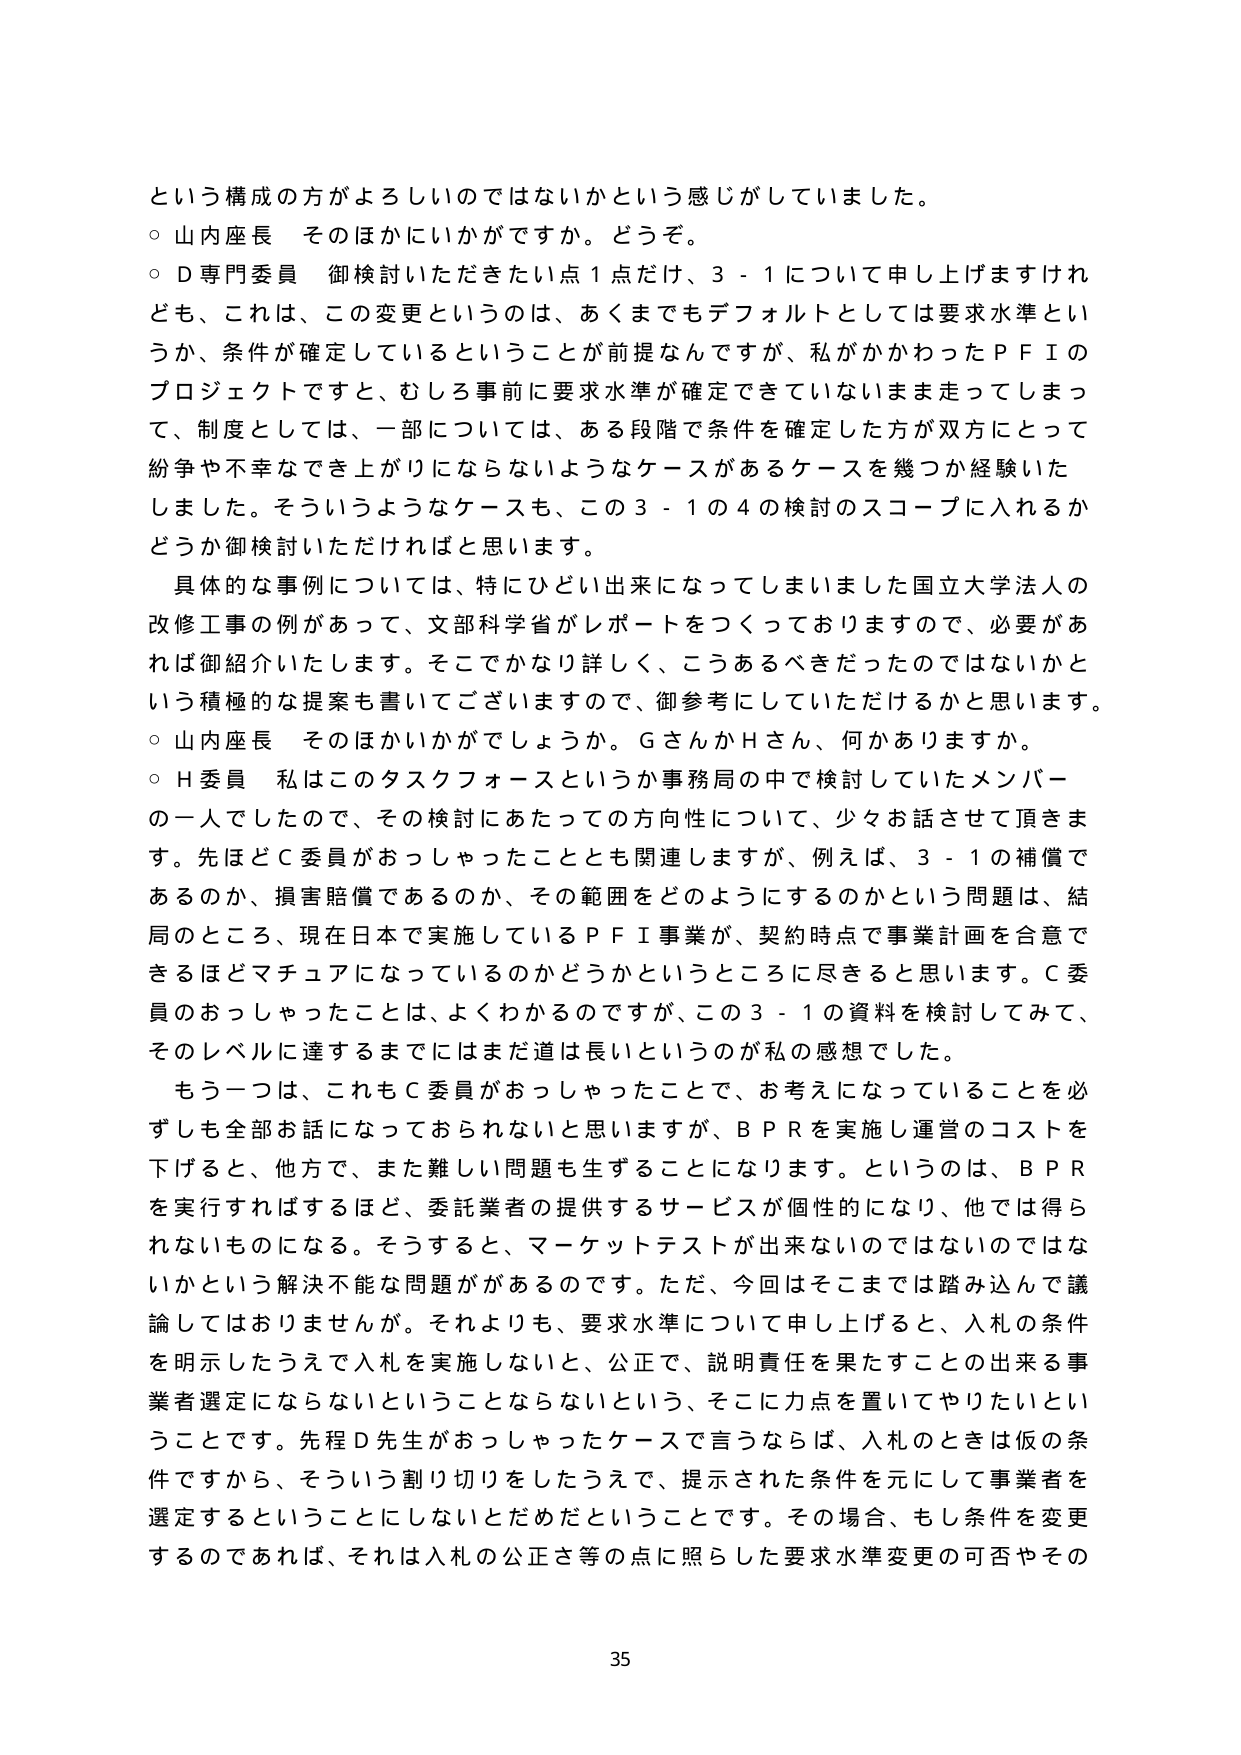
という構成の方がよろしいのではないかという感じがしていました。
○ 山内座長 そのほかにいかがですか。どうぞ。
○ D専門委員 御検討いただきたい点１点だけ、３－１について申し上げますけれども、これは、この変更というのは、あくまでもデフォルトとしては要求水準というか、条件が確定しているということが前提なんですが、私がかかわったＰＦＩのプロジェクトですと、むしろ事前に要求水準が確定できていないまま走ってしまって、制度としては、一部については、ある段階で条件を確定した方が双方にとって紛争や不幸なでき上がりにならないようなケースがあるケースを幾つか経験いたしました。そういうようなケースも、この３－１の４の検討のスコープに入れるかどうか御検討いただければと思います。
具体的な事例については、特にひどい出来になってしまいました国立大学法人の改修工事の例があって、文部科学省がレポートをつくっておりますので、必要があれば御紹介いたします。そこでかなり詳しく、こうあるべきだったのではないかという積極的な提案も書いてございますので、御参考にしていただけるかと思います。
○ 山内座長 そのほかいかがでしょうか。ＧさんかＨさん、何かありますか。
○ Ｈ委員 私はこのタスクフォースというか事務局の中で検討していたメンバーの一人でしたので、その検討にあたっての方向性について、少々お話させて頂きます。先ほどＣ委員がおっしゃったこととも関連しますが、例えば、３－１の補償であるのか、損害賠償であるのか、その範囲をどのようにするのかという問題は、結局のところ、現在日本で実施しているＰＦＩ事業が、契約時点で事業計画を合意できるほどマチュアになっているのかどうかというところに尽きると思います。Ｃ委員のおっしゃったことは、よくわかるのですが、この３－１の資料を検討してみて、そのレベルに達するまでにはまだ道は長いというのが私の感想でした。
もう一つは、これもＣ委員がおっしゃったことで、お考えになっていることを必ずしも全部お話になっておられないと思いますが、ＢＰＲを実施し運営のコストを下げると、他方で、また難しい問題も生ずることになります。というのは、ＢＰＲを実行すればするほど、委託業者の提供するサービスが個性的になり、他では得られないものになる。そうすると、マーケットテストが出来ないのではないのではないかという解決不能な問題があるのです。ただ、今回はそこまでは踏み込んで議論してはおりませんが。それよりも、要求水準について申し上げると、入札の条件を明示したうえで入札を実施しないと、公正で、説明責任を果たすことの出来る事業者選定にならないということにならないという、そこに力点を置いてやりたいということです。先程Ｄ先生がおっしゃったケースで言うならば、入札のときは仮の条件ですから、そういう割り切りをしたうえで、提示された条件を元にして事業者を選定するということにしないとだめだということです。その場合、もし条件を変更するのであれば、それは入札の公正さ等の点に照らした要求水準変更の可否やその

35